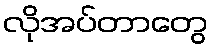
လိုအပ်တာတွေ